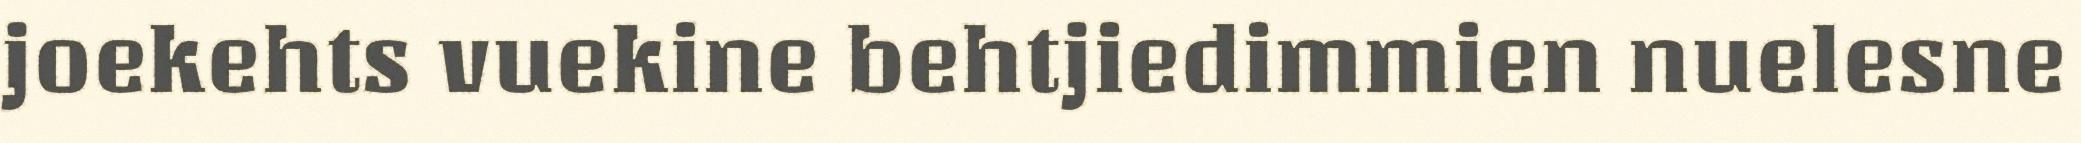
joekehts vuekine behtjiedimmien nuelesne